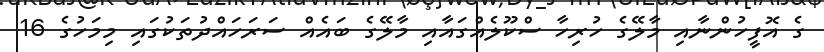
ގެ އޮފީހުންނާއި މާލޭގެ ހުރިހާ ސްކޫލެއްގައާއި މާލޭގެ ބައެއް ސަރަހައްދުތަކުގައި މިމަހުގެ 16